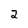
Character: 2